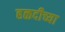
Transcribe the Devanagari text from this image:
हळदीच्या